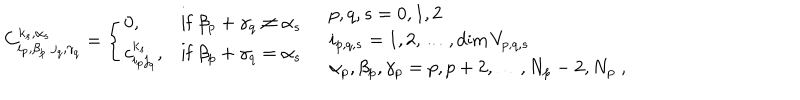
LaTeX: C _ { i _ { p } , \beta _ { p } \; j _ { q } , \gamma _ { q } } ^ { k _ { s } , \alpha _ { s } } = \left\{ \begin{array} { l l l } { { 0 , } } & { { \mathrm { i f } \ \beta _ { p } + \gamma _ { q } \neq \alpha _ { s } } } \\ { { c _ { i _ { p } j _ { q } } ^ { k _ { s } } , } } & { { \mathrm { i f } \ \beta _ { p } + \gamma _ { q } = \alpha _ { s } } } \\ \end{array} \right. \quad \begin{array} { l } { { p , q , s = 0 , 1 , 2 } } \\ { { i _ { p , q , s } = 1 , 2 , \ldots , \textrm { d i m } \, V _ { p , q , s } } } \\ { { \alpha _ { p } , \beta _ { p } , \gamma _ { p } = p , p + 2 , \ldots , N _ { p } - 2 , N _ { p } \; , } } \\ \end{array}